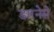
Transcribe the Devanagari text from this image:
डारनेसे